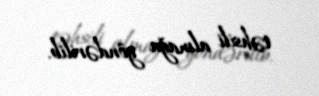
təhsili almağa göndərilib.